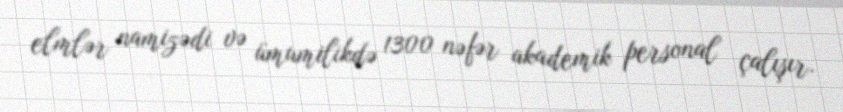
elmlər namizədi və ümumilikdə 1300 nəfər akademik personal çalışır.